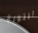
الثورة